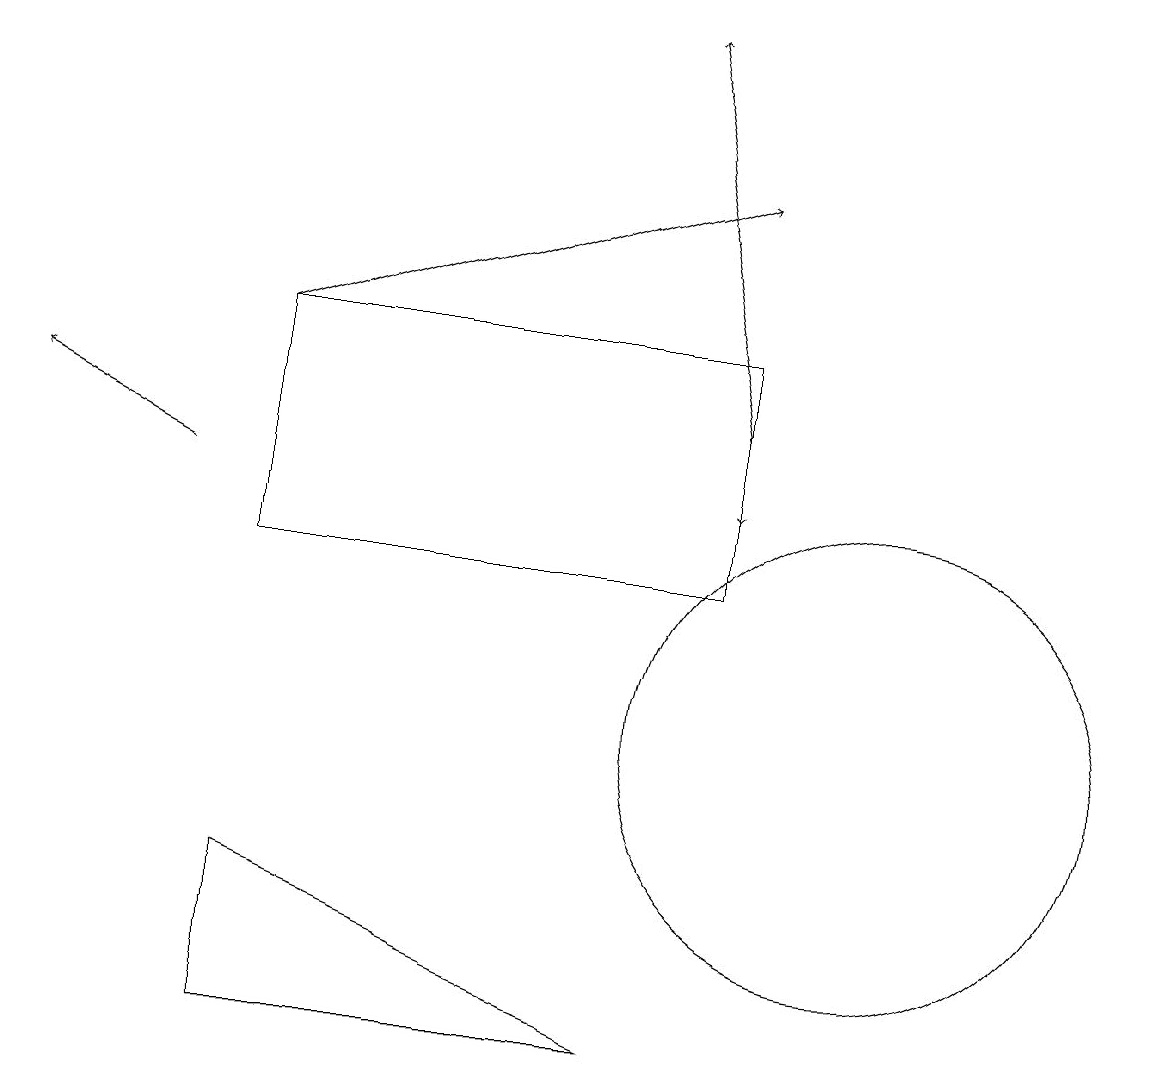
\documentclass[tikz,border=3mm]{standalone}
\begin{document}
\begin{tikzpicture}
\draw[->] (2,13) -- (0,14);
\draw[->] (3,15) -- (9,17);
\draw[->] (9,14) -- (8,19);
\draw[->] (9,15) -- (9,13);
\draw (3,8) -- (8,6) -- (3,6) -- cycle;
\draw (11,10) circle (3);
\draw (9,15) rectangle (3,12);
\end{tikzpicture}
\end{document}